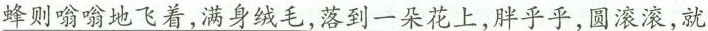
蜂则嗡嗡地飞着，满身绒毛，落到一朵花上，胖乎乎，圆滚滚，就